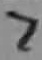
Text: 7